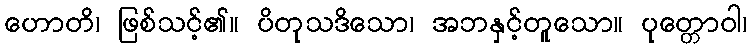
ဟောတိ၊ ဖြစ်သင့်၏။ ပိတုသဒိသော၊ အဘနှင့်တူသော။ ပုတ္တောဝါ၊